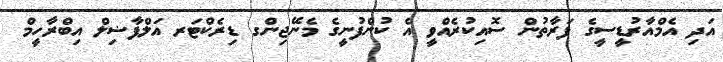
އަދި އެމްއާރުޑީސީގެ ފަރާތުން ސޮއިކުރެއްވީ އެ ކުންފުނީގެ މެނޭޖިންގ ޑިރެކްޓަރ އަލްފާޟިލް އިބްރާހީމް